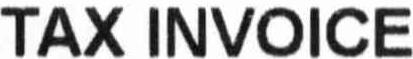
TAX INVOICE